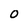
Character: 0